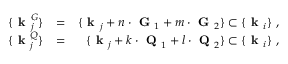
\begin{array} { r l r } { \{ \textbf { k } _ { j } ^ { G } \} } & { = } & { \{ \textbf { k } _ { j } + n \cdot \textbf { G } _ { 1 } + m \cdot \textbf { G } _ { 2 } \} \subset \{ \textbf { k } _ { i } \} ~ , } \\ { \{ \textbf { k } _ { j } ^ { Q } \} } & { = } & { \{ \textbf { k } _ { j } + k \cdot \textbf { Q } _ { 1 } + l \cdot \textbf { Q } _ { 2 } \} \subset \{ \textbf { k } _ { i } \} ~ , } \end{array}